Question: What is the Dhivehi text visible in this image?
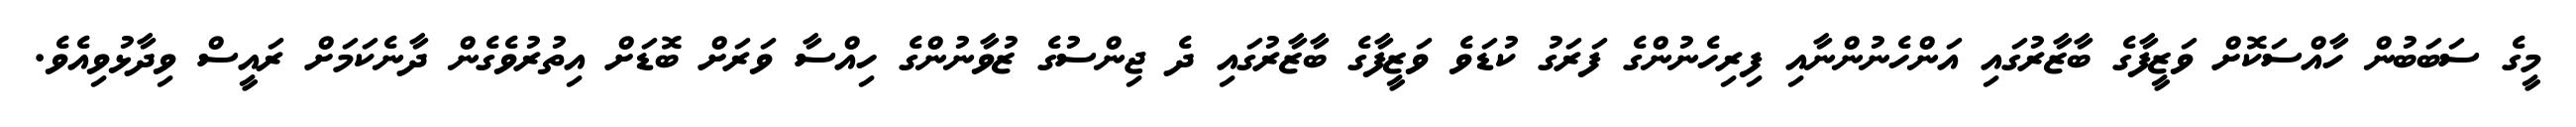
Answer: މީގެ ސަބަބުން ހާއްސަކޮށް ވަޒީފާގެ ބާޒާރުގައި އަންހެނުންނާއި ފިރިހެނުންގެ ފަރަގު ކުޑަވެ ވަޒީފާގެ ބާޒާރުގައި ދެ ޖިންސުގެ ޒުވާނުންގެ ހިއްސާ ވަރަށް ބޮޑަށް އިތުރުވެގެން ދާނެކަމަށް ރައީސް ވިދާޅުވިއެވެ.